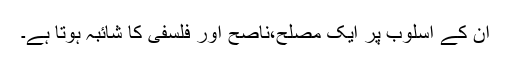
ان کے اسلوب پر ایک مصلح،ناصح اور فلسفی کا شائبہ ہوتا ہے۔